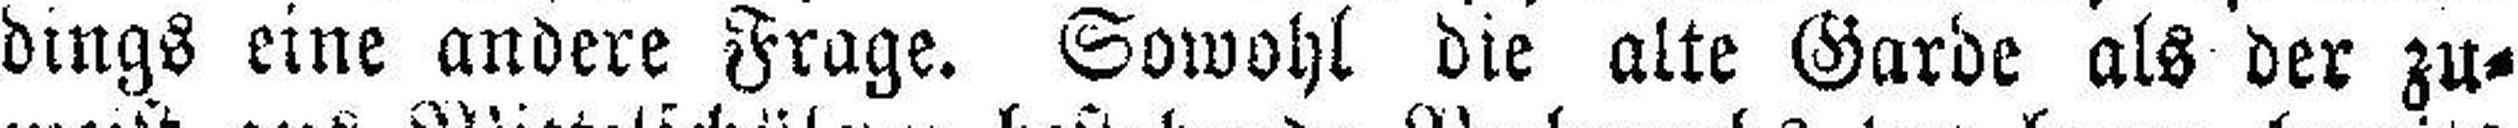
dings eine andere Frage. Sowohl die alle Garde als der zu¬